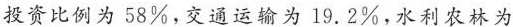
投资比例为58%，交通运输为19.2%，水利农林为